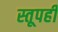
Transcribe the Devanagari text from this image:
स्तूपही